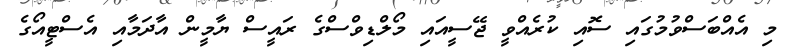
މި އެއްބަސްވުމުގައި ސޮއި ކުރެއްވީ ޖޭސީއައި މޯލްޑިވްސްގެ ރައީސް ޔާމީން އާދަމާއި އެސްޓީއޯގެ